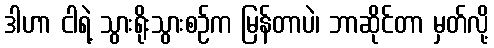
ဒါဟာ ငါရဲ့ သွားရိုးသွားစဉ်က မြန်တာပဲ၊ ဘာဆိုင်တာ မှတ်လို့